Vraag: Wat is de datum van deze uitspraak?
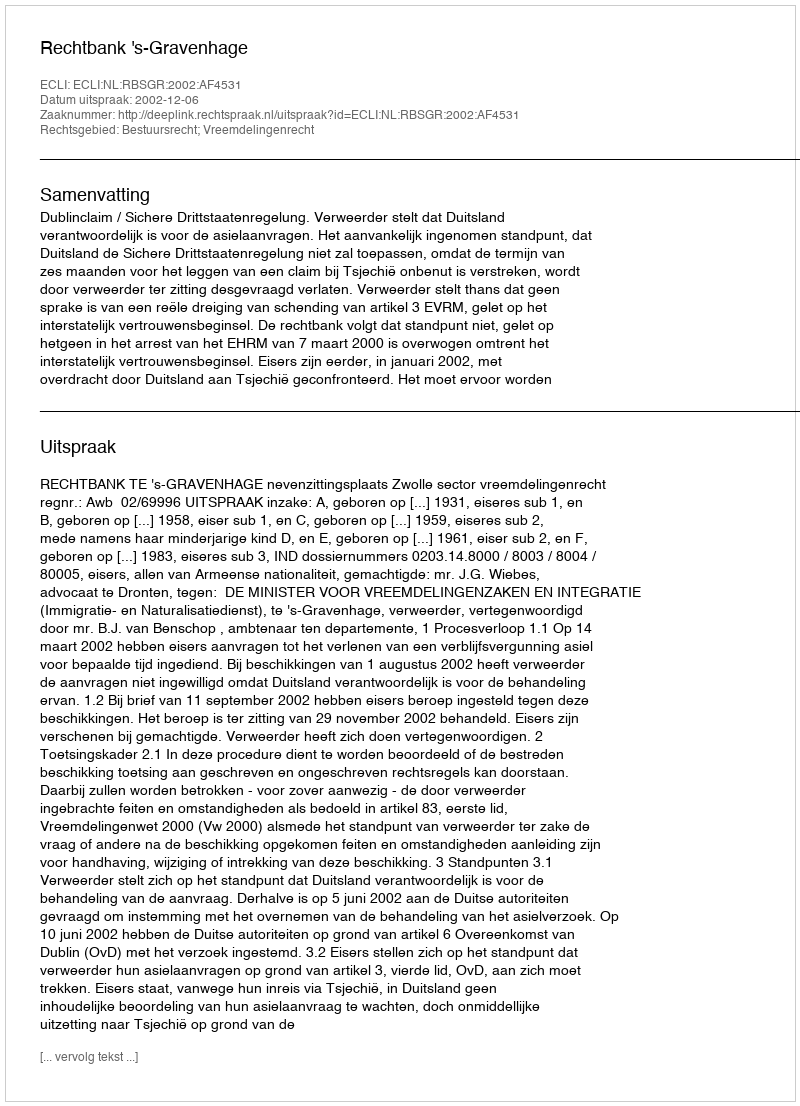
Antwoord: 2002-12-06